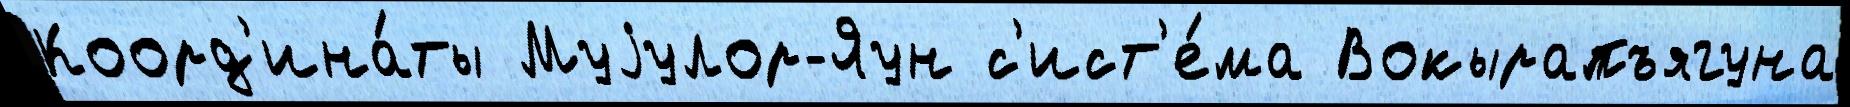
Коорд'ина́ты Муjулор-Яун с'ист'е́ма Вокырапъягуна